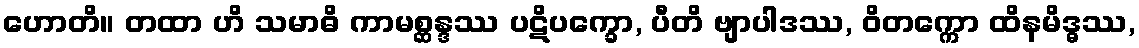
ဟောတိ။ တထာ ဟိ သမာဓိ ကာမစ္ဆန္ဒဿ ပဋိပက္ခော, ပီတိ ဗျာပါဒဿ, ဝိတက္ကော ထိနမိဒ္ဓဿ,